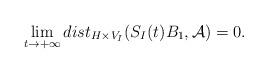
LaTeX: \begin{align*}\lim_{t\rightarrow+\infty}dist_{H\times V_I}(S_I(t)B_1,\mathcal{A})=0.\end{align*}